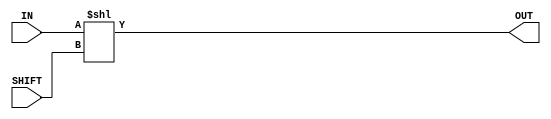
module f1_test_8(input [15:0] IN, input [4:0] SHIFT, output [15:0] OUT);
assign OUT = IN << SHIFT;
endmodule